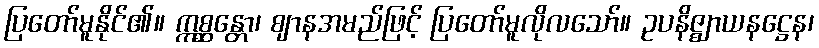
ပြတော်မူနိုင်၏။ ဣစ္ဆန္တော၊ ဈာနအမည်ဖြင့် ပြတော်မူလိုလသော်။ ဥပနိဇ္ဈာယနဋ္ဌေန၊